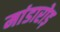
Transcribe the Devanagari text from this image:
मांडारोड़